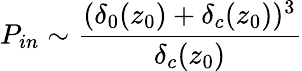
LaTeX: P_{in}\sim\frac{(\delta_{0}(z_{0})+\delta_{c}(z_{0}))^{3}}{\delta_{c}(z_{0})}